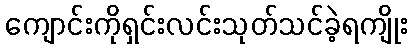
ကျောင်းကိုရှင်းလင်းသုတ်သင်ခဲ့ရကျိုး